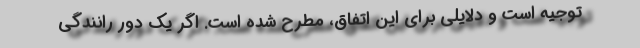
توجیه است و دلایلی برای این اتفاق، مطرح شده است. اگر یک دور رانندگی